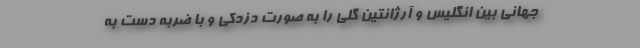
جهانی بین انگلیس و آرژانتین گلی را به صورت دزدکی و با ضربه دست به